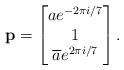
LaTeX: \begin{align*} {\bf p} = \left[\begin{matrix} ae^{-2\pi i/7} \\ 1 \\ \overline{a}e^{2\pi i/7} \end{matrix}\right].\end{align*}